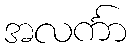
အလင်္ကာ